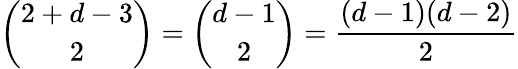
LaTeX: {\binom{2+d-3}{2}}={\binom{d-1}{2}}={\frac{(d-1)(d-2)}{2}}